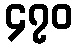
၄၇၀